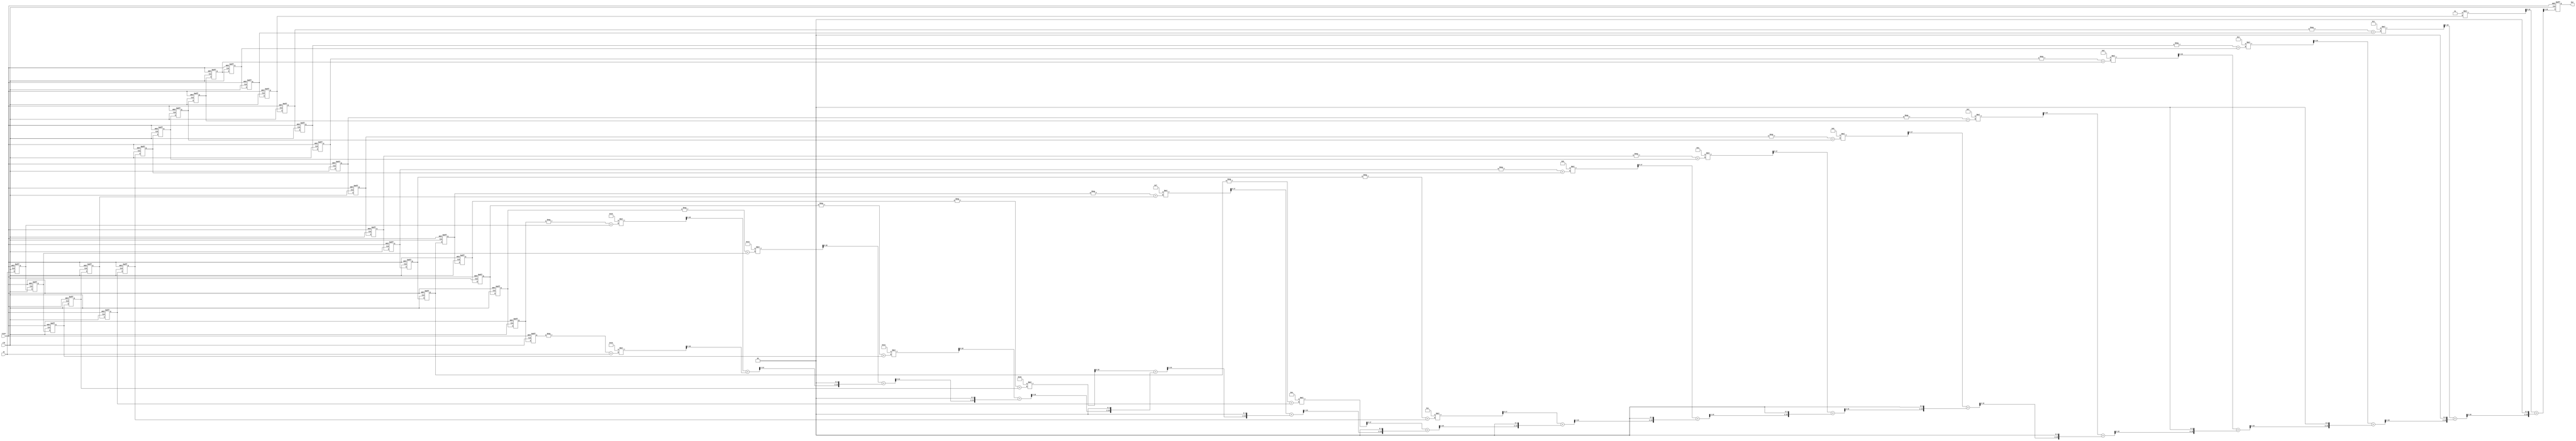
// Project Name:		"Signal Transition Detector"
//
// File description:	"HDL description of the main block"
//

`timescale 1ns / 1ps

module SigTransDetect
          (clk,
           reset,
           In,
           Out);

	input   clk;				// main clock 25 MHz
	input   reset;				// asynchronous reset
	input   signed [11:0] In; 	// input data
	output  signed [11:0] Out; 	// output data

//-----------------------------------------------------------------//
//-------------------------All wires and regs----------------------//
//-----------------------------------------------------------------//

	wire [11:0] C1;  // ufix12_En12
	wire [11:0] C2;  // ufix12_En12
	wire [11:0] C3;  // ufix12_En12
	wire [11:0] C4;  // ufix12_En12
	wire [11:0] C5;  // ufix12_En12
	wire [11:0] C6;  // ufix12_En12
	wire [11:0] C7;  // ufix12_En12
	wire [11:0] C8;  // ufix12_En12
	wire [11:0] C9;  // ufix12_En12
	wire [11:0] C10;  // ufix12_En12
	wire [11:0] C11;  // ufix12_En12
	wire [11:0] C12;  // ufix12_En12
	wire [11:0] C13;  // ufix12_En12
	wire [11:0] C14;  // ufix12_En12
	wire [11:0] C15;  // ufix12_En12
	wire [11:0] C16;  // ufix12_En12
	
//-----------------------------------------------------------------//
	
	reg signed [11:0] In_d1;  // sfix12_En10
	reg signed [11:0] In_d2;  // sfix12_En10
	reg signed [11:0] In_d3;  // sfix12_En10
	reg signed [11:0] In_d4;  // sfix12_En10
	reg signed [11:0] In_d5;  // sfix12_En10
	reg signed [11:0] In_d6;  // sfix12_En10
	reg signed [11:0] In_d7;  // sfix12_En10
	reg signed [11:0] In_d8;  // sfix12_En10
	reg signed [11:0] In_d9;  // sfix12_En10
	reg signed [11:0] In_d10;  // sfix12_En10
	reg signed [11:0] In_d11;  // sfix12_En10
	reg signed [11:0] In_d12;  // sfix12_En10
	reg signed [11:0] In_d13;  // sfix12_En10
	reg signed [11:0] In_d14;  // sfix12_En10
	reg signed [11:0] In_d15;  // sfix12_En10
	reg signed [11:0] In_d16;  // sfix12_En10
	reg signed [11:0] In_d17;  // sfix12_En10
	reg signed [11:0] In_d18;  // sfix12_En10
	reg signed [11:0] In_d19;  // sfix12_En10
	reg signed [11:0] In_d20;  // sfix12_En10
	reg signed [11:0] In_d21;  // sfix12_En10
	reg signed [11:0] In_d22;  // sfix12_En10
	reg signed [11:0] In_d23;  // sfix12_En10
	reg signed [11:0] In_d24;  // sfix12_En10
	reg signed [11:0] In_d25;  // sfix12_En10
	reg signed [11:0] In_d26;  // sfix12_En10
	reg signed [11:0] In_d27;  // sfix12_En10
	reg signed [11:0] In_d28;  // sfix12_En10
	reg signed [11:0] In_d29;  // sfix12_En10
	reg signed [11:0] In_d30;  // sfix12_En10
	
//-----------------------------------------------------------------//
	
	wire signed [12:0] Gain_cast;  // sfix13_En10
	wire signed [12:0] Gain_cast_1;  // sfix13_En10
	wire signed [23:0] Gain_cast_2;  // sfix24_En21
	wire signed [11:0] In_d30n;  // sfix12_En10
	
	wire signed [12:0] Gain1_cast;  // sfix13_En10
	wire signed [12:0] Gain1_cast_1;  // sfix13_En10
	wire signed [23:0] Gain1_cast_2;  // sfix24_En21
	wire signed [11:0] In_d29n;  // sfix12_En10
	
	wire signed [12:0] Gain2_cast;  // sfix13_En10
	wire signed [12:0] Gain2_cast_1;  // sfix13_En10
	wire signed [23:0] Gain2_cast_2;  // sfix24_En21
	wire signed [11:0] In_d28n;  // sfix12_En10
	
	wire signed [12:0] Gain3_cast;  // sfix13_En10
	wire signed [12:0] Gain3_cast_1;  // sfix13_En10
	wire signed [23:0] Gain3_cast_2;  // sfix24_En21
	wire signed [11:0] In_d27n;  // sfix12_En10
	
	wire signed [12:0] Gain4_cast;  // sfix13_En10
	wire signed [12:0] Gain4_cast_1;  // sfix13_En10
	wire signed [23:0] Gain4_cast_2;  // sfix24_En21
	wire signed [11:0] In_d26n;  // sfix12_En10
	
	wire signed [12:0] Gain5_cast;  // sfix13_En10
	wire signed [12:0] Gain5_cast_1;  // sfix13_En10
	wire signed [23:0] Gain5_cast_2;  // sfix24_En21
	wire signed [11:0] In_d25n;  // sfix12_En10
	
	wire signed [12:0] Gain6_cast;  // sfix13_En10
	wire signed [12:0] Gain6_cast_1;  // sfix13_En10
	wire signed [23:0] Gain6_cast_2;  // sfix24_En21
	wire signed [11:0] In_d24n;  // sfix12_En10
	
	wire signed [12:0] Gain7_cast;  // sfix13_En10
	wire signed [12:0] Gain7_cast_1;  // sfix13_En10
	wire signed [23:0] Gain7_cast_2;  // sfix24_En21
	wire signed [11:0] In_d23n;  // sfix12_En10
	
	wire signed [12:0] Gain8_cast;  // sfix13_En10
	wire signed [12:0] Gain8_cast_1;  // sfix13_En10
	wire signed [23:0] Gain8_cast_2;  // sfix24_En21
	wire signed [11:0] In_d22n;  // sfix12_En10
	
	wire signed [12:0] Gain9_cast;  // sfix13_En10
	wire signed [12:0] Gain9_cast_1;  // sfix13_En10
	wire signed [23:0] Gain9_cast_2;  // sfix24_En21
	wire signed [11:0] In_d21n;  // sfix12_En10
	
	wire signed [12:0] Gain10_cast;  // sfix13_En10
	wire signed [12:0] Gain10_cast_1;  // sfix13_En10
	wire signed [23:0] Gain10_cast_2;  // sfix24_En21
	wire signed [11:0] In_d20n;  // sfix12_En10
	
	wire signed [12:0] Gain11_cast;  // sfix13_En10
	wire signed [12:0] Gain11_cast_1;  // sfix13_En10
	wire signed [23:0] Gain11_cast_2;  // sfix24_En21
	wire signed [11:0] In_d19n;  // sfix12_En10
	
	wire signed [12:0] Gain12_cast;  // sfix13_En10
	wire signed [12:0] Gain12_cast_1;  // sfix13_En10
	wire signed [23:0] Gain12_cast_2;  // sfix24_En21
	wire signed [11:0] In_d18n;  // sfix12_En10
	
	wire signed [12:0] Gain13_cast;  // sfix13_En10
	wire signed [12:0] Gain13_cast_1;  // sfix13_En10
	wire signed [23:0] Gain13_cast_2;  // sfix24_En21
	wire signed [11:0] In_d17n;  // sfix12_En10
	
	wire signed [12:0] Gain14_cast;  // sfix13_En10
	wire signed [12:0] Gain14_cast_1;  // sfix13_En10
	wire signed [23:0] Gain14_cast_2;  // sfix24_En21
	wire signed [11:0] In_d16n;  // sfix12_En10
	
//-----------------------------------------------------------------//
	
	wire signed [31:0] Add_add_cast;  // sfix32_En10
	wire signed [31:0] Add_add_cast_1;  // sfix32_En10
	wire signed [31:0] Add_add_temp;  // sfix32_En10
	wire signed [12:0] FoldSum_1;  // sfix13_En10
	
	wire signed [31:0] Add2_add_cast;  // sfix32_En10
	wire signed [31:0] Add2_add_cast_1;  // sfix32_En10
	wire signed [31:0] Add2_add_temp;  // sfix32_En10
	wire signed [12:0] FoldSum_2;  // sfix13_En10
	
	wire signed [31:0] Add3_add_cast;  // sfix32_En10
	wire signed [31:0] Add3_add_cast_1;  // sfix32_En10
	wire signed [31:0] Add3_add_temp;  // sfix32_En10
	wire signed [12:0] FoldSum_3;  // sfix13_En10
	
	wire signed [31:0] Add6_add_cast;  // sfix32_En10
	wire signed [31:0] Add6_add_cast_1;  // sfix32_En10
	wire signed [31:0] Add6_add_temp;  // sfix32_En10
	wire signed [12:0] FoldSum_4;  // sfix13_En10
	
	wire signed [31:0] Add7_add_cast;  // sfix32_En10
	wire signed [31:0] Add7_add_cast_1;  // sfix32_En10
	wire signed [31:0] Add7_add_temp;  // sfix32_En10
	wire signed [12:0] FoldSum_5;  // sfix13_En10
	
	wire signed [31:0] Add10_add_cast;  // sfix32_En10
	wire signed [31:0] Add10_add_cast_1;  // sfix32_En10
	wire signed [31:0] Add10_add_temp;  // sfix32_En10
	wire signed [12:0] FoldSum_6;  // sfix13_En10
	
	wire signed [31:0] Add11_add_cast;  // sfix32_En10
	wire signed [31:0] Add11_add_cast_1;  // sfix32_En10
	wire signed [31:0] Add11_add_temp;  // sfix32_En10
	wire signed [12:0] FoldSum_7;  // sfix13_En10
	
	wire signed [31:0] Add16_add_cast;  // sfix32_En10
	wire signed [31:0] Add16_add_cast_1;  // sfix32_En10
	wire signed [31:0] Add16_add_temp;  // sfix32_En10
	wire signed [12:0] FoldSum_8;  // sfix13_En10
	
	wire signed [31:0] Add19_add_cast;  // sfix32_En10
	wire signed [31:0] Add19_add_cast_1;  // sfix32_En10
	wire signed [31:0] Add19_add_temp;  // sfix32_En10
	wire signed [12:0] FoldSum_9;  // sfix13_En10
	
	wire signed [31:0] Add20_add_cast;  // sfix32_En10
	wire signed [31:0] Add20_add_cast_1;  // sfix32_En10
	wire signed [31:0] Add20_add_temp;  // sfix32_En10
	wire signed [12:0] FoldSum_10;  // sfix13_En10
	
	wire signed [31:0] Add13_add_cast;  // sfix32_En10
	wire signed [31:0] Add13_add_cast_1;  // sfix32_En10
	wire signed [31:0] Add13_add_temp;  // sfix32_En10
	wire signed [12:0] FoldSum_11;  // sfix13_En10
	
	wire signed [31:0] Add14_add_cast;  // sfix32_En10
	wire signed [31:0] Add14_add_cast_1;  // sfix32_En10
	wire signed [31:0] Add14_add_temp;  // sfix32_En10
	wire signed [12:0] FoldSum_12;  // sfix13_En10
	
	wire signed [31:0] Add26_add_cast;  // sfix32_En10
	wire signed [31:0] Add26_add_cast_1;  // sfix32_En10
	wire signed [31:0] Add26_add_temp;  // sfix32_En10
	wire signed [12:0] FoldSum_13;  // sfix13_En10
	
	wire signed [31:0] Add29_add_cast;  // sfix32_En10
	wire signed [31:0] Add29_add_cast_1;  // sfix32_En10
	wire signed [31:0] Add29_add_temp;  // sfix32_En10
	wire signed [12:0] FoldSum_14;  // sfix13_En10
	
	wire signed [31:0] Add23_add_cast;  // sfix32_En10
	wire signed [31:0] Add23_add_cast_1;  // sfix32_En10
	wire signed [31:0] Add23_add_temp;  // sfix32_En10
	wire signed [12:0] FoldSum_15;  // sfix13_En10
	
//-----------------------------------------------------------------//
	
	wire signed [12:0] Product1_cast;  // sfix13_En12
	wire signed [25:0] Product1_mul_temp;  // sfix26_En22
	wire signed [24:0] Product1_cast_1;  // sfix25_En22
	wire signed [15:0] Mult_1;  // sfix16_En16
	
	wire signed [12:0] Product2_cast;  // sfix13_En12
	wire signed [25:0] Product2_mul_temp;  // sfix26_En22
	wire signed [24:0] Product2_cast_1;  // sfix25_En22
	wire signed [15:0] Mult_2;  // sfix16_En16
	
	wire signed [12:0] Product3_cast;  // sfix13_En12
	wire signed [25:0] Product3_mul_temp;  // sfix26_En22
	wire signed [24:0] Product3_cast_1;  // sfix25_En22
	wire signed [15:0] Mult_3;  // sfix16_En16
	
	wire signed [12:0] Product4_cast;  // sfix13_En12
	wire signed [25:0] Product4_mul_temp;  // sfix26_En22
	wire signed [24:0] Product4_cast_1;  // sfix25_En22
	wire signed [15:0] Mult_4;  // sfix16_En16
	
	wire signed [12:0] Product5_cast;  // sfix13_En12
	wire signed [25:0] Product5_mul_temp;  // sfix26_En22
	wire signed [24:0] Product5_cast_1;  // sfix25_En22
	wire signed [15:0] Mult_5;  // sfix16_En16
	
	wire signed [12:0] Product6_cast;  // sfix13_En12
	wire signed [25:0] Product6_mul_temp;  // sfix26_En22
	wire signed [24:0] Product6_cast_1;  // sfix25_En22
	wire signed [15:0] Mult_6;  // sfix16_En16
	
	wire signed [12:0] Product7_cast;  // sfix13_En12
	wire signed [25:0] Product7_mul_temp;  // sfix26_En22
	wire signed [24:0] Product7_cast_1;  // sfix25_En22
	wire signed [15:0] Mult_7;  // sfix16_En16
	
	wire signed [12:0] Product8_cast;  // sfix13_En12
	wire signed [25:0] Product8_mul_temp;  // sfix26_En22
	wire signed [24:0] Product8_cast_1;  // sfix25_En22
	wire signed [15:0] Mult_8;  // sfix16_En16
	
	wire signed [12:0] Product9_cast;  // sfix13_En12
	wire signed [25:0] Product9_mul_temp;  // sfix26_En22
	wire signed [24:0] Product9_cast_1;  // sfix25_En22
	wire signed [15:0] Mult_9;  // sfix16_En16
	
	wire signed [12:0] Product10_cast;  // sfix13_En12
	wire signed [25:0] Product10_mul_temp;  // sfix26_En22
	wire signed [24:0] Product10_cast_1;  // sfix25_En22
	wire signed [15:0] Mult_10;  // sfix16_En16
	
	wire signed [12:0] Product11_cast;  // sfix13_En12
	wire signed [25:0] Product11_mul_temp;  // sfix26_En22
	wire signed [24:0] Product11_cast_1;  // sfix25_En22
	wire signed [15:0] Mult_11;  // sfix16_En16
	
	wire signed [12:0] Product12_cast;  // sfix13_En12
	wire signed [25:0] Product12_mul_temp;  // sfix26_En22
	wire signed [24:0] Product12_cast_1;  // sfix25_En22
	wire signed [15:0] Mult_12;  // sfix16_En16
	
	wire signed [12:0] Product13_cast;  // sfix13_En12
	wire signed [25:0] Product13_mul_temp;  // sfix26_En22
	wire signed [24:0] Product13_cast_1;  // sfix25_En22
	wire signed [15:0] Mult_13;  // sfix16_En16
	
	wire signed [12:0] Product14_cast;  // sfix13_En12
	wire signed [25:0] Product14_mul_temp;  // sfix26_En22
	wire signed [24:0] Product14_cast_1;  // sfix25_En22
	wire signed [15:0] Mult_14;  // sfix16_En16
	
	wire signed [12:0] Product15_cast;  // sfix13_En12
	wire signed [25:0] Product15_mul_temp;  // sfix26_En22
	wire signed [24:0] Product15_cast_1;  // sfix25_En22
	wire signed [15:0] Mult_15;  // sfix16_En16
	
	wire signed [12:0] Product16_cast;  // sfix13_En12
	wire signed [24:0] Product16_mul_temp;  // sfix25_En22
	wire signed [23:0] Product16_cast_1;  // sfix24_En22
	wire signed [15:0] Mult_16;  // sfix16_En16
	
//-----------------------------------------------------------------//
	
	wire signed [31:0] Add1_add_cast;  // sfix32_En16
	wire signed [31:0] Add1_add_cast_1;  // sfix32_En16
	wire signed [31:0] Add1_add_temp;  // sfix32_En16
	wire signed [13:0] Sum_1;  // sfix14_En14
	
	wire signed [31:0] Add4_add_cast;  // sfix32_En16
	wire signed [31:0] Add4_add_cast_1;  // sfix32_En16
	wire signed [31:0] Add4_add_temp;  // sfix32_En16
	wire signed [13:0] Sum_2;  // sfix14_En14
	
	wire signed [31:0] Add5_add_cast;  // sfix32_En16
	wire signed [31:0] Add5_add_cast_1;  // sfix32_En16
	wire signed [31:0] Add5_add_temp;  // sfix32_En16
	wire signed [13:0] Sum_3;  // sfix14_En14
	
	wire signed [31:0] Add8_add_cast;  // sfix32_En16
	wire signed [31:0] Add8_add_cast_1;  // sfix32_En16
	wire signed [31:0] Add8_add_temp;  // sfix32_En16
	wire signed [13:0] Sum_4;  // sfix14_En14
	
	wire signed [31:0] Add9_add_cast;  // sfix32_En16
	wire signed [31:0] Add9_add_cast_1;  // sfix32_En16
	wire signed [31:0] Add9_add_temp;  // sfix32_En16
	wire signed [13:0] Sum_5;  // sfix14_En14
	
	wire signed [31:0] Add12_add_cast;  // sfix32_En16
	wire signed [31:0] Add12_add_cast_1;  // sfix32_En16
	wire signed [31:0] Add12_add_temp;  // sfix32_En16
	wire signed [13:0] Sum_6;  // sfix14_En14
	
	wire signed [31:0] Add17_add_cast;  // sfix32_En16
	wire signed [31:0] Add17_add_cast_1;  // sfix32_En16
	wire signed [31:0] Add17_add_temp;  // sfix32_En16
	wire signed [13:0] Sum_7;  // sfix14_En14
	
	wire signed [31:0] Add18_add_cast;  // sfix32_En16
	wire signed [31:0] Add18_add_cast_1;  // sfix32_En16
	wire signed [31:0] Add18_add_temp;  // sfix32_En16
	wire signed [13:0] Sum_8;  // sfix14_En14
	
	wire signed [31:0] Add21_add_cast;  // sfix32_En16
	wire signed [31:0] Add21_add_cast_1;  // sfix32_En16
	wire signed [31:0] Add21_add_temp;  // sfix32_En16
	wire signed [13:0] Sum_9;  // sfix14_En14
	
	wire signed [31:0] Add22_add_cast;  // sfix32_En16
	wire signed [31:0] Add22_add_cast_1;  // sfix32_En16
	wire signed [31:0] Add22_add_temp;  // sfix32_En16
	wire signed [13:0] Sum_10;  // sfix14_En14
	
	wire signed [31:0] Add15_add_cast;  // sfix32_En16
	wire signed [31:0] Add15_add_cast_1;  // sfix32_En16
	wire signed [31:0] Add15_add_temp;  // sfix32_En16
	wire signed [13:0] Sum_11;  // sfix14_En14
	
	wire signed [31:0] Add27_add_cast;  // sfix32_En16
	wire signed [31:0] Add27_add_cast_1;  // sfix32_En16
	wire signed [31:0] Add27_add_temp;  // sfix32_En16
	wire signed [13:0] Sum_12;  // sfix14_En14
	
	wire signed [31:0] Add28_add_cast;  // sfix32_En16
	wire signed [31:0] Add28_add_cast_1;  // sfix32_En16
	wire signed [31:0] Add28_add_temp;  // sfix32_En16
	wire signed [13:0] Sum_13;  // sfix14_En14
	
	wire signed [31:0] Add24_add_cast;  // sfix32_En16
	wire signed [31:0] Add24_add_cast_1;  // sfix32_En16
	wire signed [31:0] Add24_add_temp;  // sfix32_En16
	wire signed [13:0] Sum_14;  // sfix14_En14
	
	wire signed [31:0] Add31_add_cast;  // sfix32_En16
	wire signed [31:0] Add31_add_cast_1;  // sfix32_En16
	wire signed [31:0] Add31_add_temp;  // sfix32_En16
	wire signed [11:0] Sum_15;  // sfix14_En14
	
//-----------------------------------------------------------------//
	
	reg signed [11:0] Out_1;  // sfix14_En14

//-----------------------------------------------------------------//



//------------------Main processes and assignments-----------------//

//---------------------Coefficient assignments---------------------//

	assign C1  = 12'b000000010110;
	assign C2  = 12'b000000010101;
	assign C3  = 12'b000000010011;
	assign C4  = 12'b000000010010;
	assign C5  = 12'b000000010000;
	assign C6  = 12'b000000001111;
	assign C7  = 12'b000000001110;
	assign C8  = 12'b000000001100;
	assign C9  = 12'b000000001011;
	assign C10 = 12'b000000001010;
	assign C11 = 12'b000000001000;
	assign C12 = 12'b000000000111;
	assign C13 = 12'b000000000101;
	assign C14 = 12'b000000000100;
	assign C15 = 12'b000000000011;
	assign C16 = 12'b000000000001;

//------------------------Delay line process------------------------//

	always @(posedge clk or posedge reset)
	begin : Delay_line_process
	  if (reset == 1'b1) begin
		In_d1  <= 12'sb000000000000;
		In_d2  <= 12'sb000000000000;
		In_d3  <= 12'sb000000000000;
		In_d4  <= 12'sb000000000000;
		In_d5  <= 12'sb000000000000;
		In_d6  <= 12'sb000000000000;
		In_d7  <= 12'sb000000000000;
		In_d8  <= 12'sb000000000000;
		In_d9  <= 12'sb000000000000;
		In_d10 <= 12'sb000000000000;
		In_d11 <= 12'sb000000000000;
		In_d12 <= 12'sb000000000000;
		In_d13 <= 12'sb000000000000;
		In_d14 <= 12'sb000000000000;
		In_d15 <= 12'sb000000000000;
		In_d16 <= 12'sb000000000000;
		In_d17 <= 12'sb000000000000;
		In_d18 <= 12'sb000000000000;
		In_d19 <= 12'sb000000000000;
		In_d20 <= 12'sb000000000000;
		In_d21 <= 12'sb000000000000;
		In_d22 <= 12'sb000000000000;
		In_d23 <= 12'sb000000000000;
		In_d24 <= 12'sb000000000000;
		In_d25 <= 12'sb000000000000;
		In_d26 <= 12'sb000000000000;
		In_d27 <= 12'sb000000000000;
		In_d28 <= 12'sb000000000000;
		In_d29 <= 12'sb000000000000;
		In_d30 <= 12'sb000000000000;
	  end
	  else begin
		In_d1  <= In;
		In_d2  <= In_d1;
		In_d3  <= In_d2;
		In_d4  <= In_d3;
		In_d5  <= In_d4;
		In_d6  <= In_d5;
		In_d7  <= In_d6;
		In_d8  <= In_d7;
		In_d9  <= In_d8;
		In_d10 <= In_d9;
		In_d11 <= In_d10;
		In_d12 <= In_d11;
		In_d13 <= In_d12;
		In_d14 <= In_d13;
		In_d15 <= In_d14;
		In_d16 <= In_d15;
		In_d17 <= In_d16;
		In_d18 <= In_d17;
		In_d19 <= In_d18;
		In_d20 <= In_d19;
		In_d21 <= In_d20;
		In_d22 <= In_d21;
		In_d23 <= In_d22;
		In_d24 <= In_d23;
		In_d25 <= In_d24;
		In_d26 <= In_d25;
		In_d27 <= In_d26;
		In_d28 <= In_d27;
		In_d29 <= In_d28;
		In_d30 <= In_d29;
	  end
	end

//------------------------Invertors------------------------//

	assign Gain14_cast = {In_d16[11], In_d16};
	assign Gain14_cast_1 =  - (Gain14_cast);
	assign Gain14_cast_2 = {Gain14_cast_1, 11'b00000000000};
	assign In_d16n = Gain14_cast_2[22:11];

	assign Gain13_cast = {In_d17[11], In_d17};
	assign Gain13_cast_1 =  - (Gain13_cast);
	assign Gain13_cast_2 = {Gain13_cast_1, 11'b00000000000};
	assign In_d17n = Gain13_cast_2[22:11];

	assign Gain12_cast = {In_d18[11], In_d18};
	assign Gain12_cast_1 =  - (Gain12_cast);
	assign Gain12_cast_2 = {Gain12_cast_1, 11'b00000000000};
	assign In_d18n = Gain12_cast_2[22:11];

	assign Gain11_cast = {In_d19[11], In_d19};
	assign Gain11_cast_1 =  - (Gain11_cast);
	assign Gain11_cast_2 = {Gain11_cast_1, 11'b00000000000};
	assign In_d19n = Gain11_cast_2[22:11];

	assign Gain10_cast = {In_d20[11], In_d20};
	assign Gain10_cast_1 =  - (Gain10_cast);
	assign Gain10_cast_2 = {Gain10_cast_1, 11'b00000000000};
	assign In_d20n = Gain10_cast_2[22:11];

	assign Gain9_cast = {In_d21[11], In_d21};
	assign Gain9_cast_1 =  - (Gain9_cast);
	assign Gain9_cast_2 = {Gain9_cast_1, 11'b00000000000};
	assign In_d21n = Gain9_cast_2[22:11];

	assign Gain8_cast = {In_d22[11], In_d22};
	assign Gain8_cast_1 =  - (Gain8_cast);
	assign Gain8_cast_2 = {Gain8_cast_1, 11'b00000000000};
	assign In_d22n = Gain8_cast_2[22:11];

	assign Gain7_cast = {In_d23[11], In_d23};
	assign Gain7_cast_1 =  - (Gain7_cast);
	assign Gain7_cast_2 = {Gain7_cast_1, 11'b00000000000};
	assign In_d23n = Gain7_cast_2[22:11];

	assign Gain6_cast = {In_d24[11], In_d24};
	assign Gain6_cast_1 =  - (Gain6_cast);
	assign Gain6_cast_2 = {Gain6_cast_1, 11'b00000000000};
	assign In_d24n = Gain6_cast_2[22:11];

	assign Gain5_cast = {In_d25[11], In_d25};
	assign Gain5_cast_1 =  - (Gain5_cast);
	assign Gain5_cast_2 = {Gain5_cast_1, 11'b00000000000};
	assign In_d25n = Gain5_cast_2[22:11];

	assign Gain4_cast = {In_d26[11], In_d26};
	assign Gain4_cast_1 =  - (Gain4_cast);
	assign Gain4_cast_2 = {Gain4_cast_1, 11'b00000000000};
	assign In_d26n = Gain4_cast_2[22:11];

	assign Gain3_cast = {In_d27[11], In_d27};
	assign Gain3_cast_1 =  - (Gain3_cast);
	assign Gain3_cast_2 = {Gain3_cast_1, 11'b00000000000};
	assign In_d27n = Gain3_cast_2[22:11];

	assign Gain2_cast = {In_d28[11], In_d28};
	assign Gain2_cast_1 =  - (Gain2_cast);
	assign Gain2_cast_2 = {Gain2_cast_1, 11'b00000000000};
	assign In_d28n = Gain2_cast_2[22:11];

	assign Gain1_cast = {In_d29[11], In_d29};
	assign Gain1_cast_1 =  - (Gain1_cast);
	assign Gain1_cast_2 = {Gain1_cast_1, 11'b00000000000};
	assign In_d29n = Gain1_cast_2[22:11];

	assign Gain_cast = {In_d30[11], In_d30};
	assign Gain_cast_1 =  - (Gain_cast);
	assign Gain_cast_2 = {Gain_cast_1, 11'b00000000000};
	assign In_d30n = Gain_cast_2[22:11];

//------------------------Folded summations------------------------//

	assign Add_add_cast = {{20{In_d30n[11]}}, In_d30n};
	assign Add_add_cast_1 = {{20{In[11]}}, In};
	assign Add_add_temp = Add_add_cast + Add_add_cast_1;
	assign FoldSum_1 = Add_add_temp[12:0];
	
	assign Add2_add_cast = {{20{In_d29n[11]}}, In_d29n};
	assign Add2_add_cast_1 = {{20{In_d1[11]}}, In_d1};
	assign Add2_add_temp = Add2_add_cast + Add2_add_cast_1;
	assign FoldSum_2 = Add2_add_temp[12:0];
	
	assign Add3_add_cast = {{20{In_d28n[11]}}, In_d28n};
	assign Add3_add_cast_1 = {{20{In_d2[11]}}, In_d2};
	assign Add3_add_temp = Add3_add_cast + Add3_add_cast_1;
	assign FoldSum_3 = Add3_add_temp[12:0];
	
	assign Add6_add_cast = {{20{In_d27n[11]}}, In_d27n};
	assign Add6_add_cast_1 = {{20{In_d3[11]}}, In_d3};
	assign Add6_add_temp = Add6_add_cast + Add6_add_cast_1;
	assign FoldSum_4 = Add6_add_temp[12:0];
	
	assign Add7_add_cast = {{20{In_d26n[11]}}, In_d26n};
	assign Add7_add_cast_1 = {{20{In_d4[11]}}, In_d4};
	assign Add7_add_temp = Add7_add_cast + Add7_add_cast_1;
	assign FoldSum_5 = Add7_add_temp[12:0];
	
	assign Add10_add_cast = {{20{In_d25n[11]}}, In_d25n};
	assign Add10_add_cast_1 = {{20{In_d5[11]}}, In_d5};
	assign Add10_add_temp = Add10_add_cast + Add10_add_cast_1;
	assign FoldSum_6 = Add10_add_temp[12:0];
	
	assign Add11_add_cast = {{20{In_d24n[11]}}, In_d24n};
	assign Add11_add_cast_1 = {{20{In_d6[11]}}, In_d6};
	assign Add11_add_temp = Add11_add_cast + Add11_add_cast_1;
	assign FoldSum_7 = Add11_add_temp[12:0];
	
	assign Add16_add_cast = {{20{In_d23n[11]}}, In_d23n};
	assign Add16_add_cast_1 = {{20{In_d7[11]}}, In_d7};
	assign Add16_add_temp = Add16_add_cast + Add16_add_cast_1;
	assign FoldSum_8 = Add16_add_temp[12:0];
	
	assign Add19_add_cast = {{20{In_d22n[11]}}, In_d22n};
	assign Add19_add_cast_1 = {{20{In_d8[11]}}, In_d8};
	assign Add19_add_temp = Add19_add_cast + Add19_add_cast_1;
	assign FoldSum_9 = Add19_add_temp[12:0];
	
	assign Add20_add_cast = {{20{In_d21n[11]}}, In_d21n};
	assign Add20_add_cast_1 = {{20{In_d9[11]}}, In_d9};
	assign Add20_add_temp = Add20_add_cast + Add20_add_cast_1;
	assign FoldSum_10 = Add20_add_temp[12:0];
	
	assign Add13_add_cast = {{20{In_d20n[11]}}, In_d20n};
	assign Add13_add_cast_1 = {{20{In_d10[11]}}, In_d10};
	assign Add13_add_temp = Add13_add_cast + Add13_add_cast_1;
	assign FoldSum_11 = Add13_add_temp[12:0];
	
	assign Add14_add_cast = {{20{In_d19n[11]}}, In_d19n};
	assign Add14_add_cast_1 = {{20{In_d11[11]}}, In_d11};
	assign Add14_add_temp = Add14_add_cast + Add14_add_cast_1;
	assign FoldSum_12 = Add14_add_temp[12:0];
	
	assign Add26_add_cast = {{20{In_d18n[11]}}, In_d18n};
	assign Add26_add_cast_1 = {{20{In_d12[11]}}, In_d12};
	assign Add26_add_temp = Add26_add_cast + Add26_add_cast_1;
	assign FoldSum_13 = Add26_add_temp[12:0];
	
	assign Add29_add_cast = {{20{In_d17n[11]}}, In_d17n};
	assign Add29_add_cast_1 = {{20{In_d13[11]}}, In_d13};
	assign Add29_add_temp = Add29_add_cast + Add29_add_cast_1;
	assign FoldSum_14 = Add29_add_temp[12:0];
	
	assign Add23_add_cast = {{20{In_d16n[11]}}, In_d16n};
	assign Add23_add_cast_1 = {{20{In_d14[11]}}, In_d14};
	assign Add23_add_temp = Add23_add_cast + Add23_add_cast_1;
	assign FoldSum_15 = Add23_add_temp[12:0];
		
//------------------------Multiplications------------------------//

	assign Product1_cast = {1'b0, C1};
	assign Product1_mul_temp = Product1_cast * FoldSum_1;
	assign Product1_cast_1 = Product1_mul_temp[24:0];
	assign Mult_1 = Product1_cast_1[21:6];
	
	assign Product2_cast = {1'b0, C2};
	assign Product2_mul_temp = Product2_cast * FoldSum_2;
	assign Product2_cast_1 = Product2_mul_temp[24:0];
	assign Mult_2 = Product2_cast_1[21:6];
	
	assign Product3_cast = {1'b0, C3};
	assign Product3_mul_temp = Product3_cast * FoldSum_3;
	assign Product3_cast_1 = Product3_mul_temp[24:0];
	assign Mult_3 = Product3_cast_1[21:6];
	
	assign Product4_cast = {1'b0, C4};
	assign Product4_mul_temp = Product4_cast * FoldSum_4;
	assign Product4_cast_1 = Product4_mul_temp[24:0];
	assign Mult_4 = Product4_cast_1[21:6];
	
	assign Product5_cast = {1'b0, C5};
	assign Product5_mul_temp = Product5_cast * FoldSum_5;
	assign Product5_cast_1 = Product5_mul_temp[24:0];
	assign Mult_5 = Product5_cast_1[21:6];
	
	assign Product6_cast = {1'b0, C6};
	assign Product6_mul_temp = Product6_cast * FoldSum_6;
	assign Product6_cast_1 = Product6_mul_temp[24:0];
	assign Mult_6 = Product6_cast_1[21:6];
	
	assign Product7_cast = {1'b0, C7};
	assign Product7_mul_temp = Product7_cast * FoldSum_7;
	assign Product7_cast_1 = Product7_mul_temp[24:0];
	assign Mult_7 = Product7_cast_1[21:6];
	
	assign Product8_cast = {1'b0, C8};
	assign Product8_mul_temp = Product8_cast * FoldSum_8;
	assign Product8_cast_1 = Product8_mul_temp[24:0];
	assign Mult_8 = Product8_cast_1[21:6];
	
	assign Product9_cast = {1'b0, C9};
	assign Product9_mul_temp = Product9_cast * FoldSum_9;
	assign Product9_cast_1 = Product9_mul_temp[24:0];
	assign Mult_9 = Product9_cast_1[21:6];
	
	assign Product10_cast = {1'b0, C10};
	assign Product10_mul_temp = Product10_cast * FoldSum_10;
	assign Product10_cast_1 = Product10_mul_temp[24:0];
	assign Mult_10 = Product10_cast_1[21:6];
	
	assign Product11_cast = {1'b0, C11};
	assign Product11_mul_temp = Product11_cast * FoldSum_11;
	assign Product11_cast_1 = Product11_mul_temp[24:0];
	assign Mult_11 = Product11_cast_1[21:6];
	
	assign Product12_cast = {1'b0, C12};
	assign Product12_mul_temp = Product12_cast * FoldSum_12;
	assign Product12_cast_1 = Product12_mul_temp[24:0];
	assign Mult_12 = Product12_cast_1[21:6];
	
	assign Product13_cast = {1'b0, C13};
	assign Product13_mul_temp = Product13_cast * FoldSum_13;
	assign Product13_cast_1 = Product13_mul_temp[24:0];
	assign Mult_13 = Product13_cast_1[21:6];
	
	assign Product14_cast = {1'b0, C14};
	assign Product14_mul_temp = Product14_cast * FoldSum_14;
	assign Product14_cast_1 = Product14_mul_temp[24:0];
	assign Mult_14 = Product14_cast_1[21:6];
	
	assign Product15_cast = {1'b0, C15};
	assign Product15_mul_temp = Product15_cast * FoldSum_15;
	assign Product15_cast_1 = Product15_mul_temp[24:0];
	assign Mult_15 = Product15_cast_1[21:6];
	
	assign Product16_cast = {1'b0, C16};
	assign Product16_mul_temp = Product16_cast * In_d15;
	assign Product16_cast_1 = Product16_mul_temp[23:0];
	assign Mult_16 = Product16_cast_1[21:6];

//------------------------Filter summations------------------------//

	assign Add1_add_cast = {{16{Mult_2[15]}}, Mult_2};
	assign Add1_add_cast_1 = {{16{Mult_1[15]}}, Mult_1};
	assign Add1_add_temp = Add1_add_cast + Add1_add_cast_1;
	assign Sum_1 = Add1_add_temp[15:2];

	assign Add4_add_cast = {{16{Mult_3[15]}}, Mult_3};
	assign Add4_add_cast_1 = {{16{Sum_1[13]}}, {Sum_1, 2'b00}};
	assign Add4_add_temp = Add4_add_cast + Add4_add_cast_1;
	assign Sum_2 = Add4_add_temp[15:2];

	assign Add5_add_cast = {{16{Mult_4[15]}}, Mult_4};
	assign Add5_add_cast_1 = {{16{Sum_2[13]}}, {Sum_2, 2'b00}};
	assign Add5_add_temp = Add5_add_cast + Add5_add_cast_1;
	assign Sum_3 = Add5_add_temp[15:2];

	assign Add8_add_cast = {{16{Mult_5[15]}}, Mult_5};
	assign Add8_add_cast_1 = {{16{Sum_3[13]}}, {Sum_3, 2'b00}};
	assign Add8_add_temp = Add8_add_cast + Add8_add_cast_1;
	assign Sum_4 = Add8_add_temp[15:2];

	assign Add9_add_cast = {{16{Mult_6[15]}}, Mult_6};
	assign Add9_add_cast_1 = {{16{Sum_4[13]}}, {Sum_4, 2'b00}};
	assign Add9_add_temp = Add9_add_cast + Add9_add_cast_1;
	assign Sum_5 = Add9_add_temp[15:2];

	assign Add12_add_cast = {{16{Mult_7[15]}}, Mult_7};
	assign Add12_add_cast_1 = {{16{Sum_5[13]}}, {Sum_5, 2'b00}};
	assign Add12_add_temp = Add12_add_cast + Add12_add_cast_1;
	assign Sum_6 = Add12_add_temp[15:2];

	assign Add17_add_cast = {{16{Mult_8[15]}}, Mult_8};
	assign Add17_add_cast_1 = {{16{Sum_6[13]}}, {Sum_6, 2'b00}};
	assign Add17_add_temp = Add17_add_cast + Add17_add_cast_1;
	assign Sum_7 = Add17_add_temp[15:2];

	assign Add18_add_cast = {{16{Mult_9[15]}}, Mult_9};
	assign Add18_add_cast_1 = {{16{Sum_7[13]}}, {Sum_7, 2'b00}};
	assign Add18_add_temp = Add18_add_cast + Add18_add_cast_1;
	assign Sum_8 = Add18_add_temp[15:2];

	assign Add21_add_cast = {{16{Mult_10[15]}}, Mult_10};
	assign Add21_add_cast_1 = {{16{Sum_8[13]}}, {Sum_8, 2'b00}};
	assign Add21_add_temp = Add21_add_cast + Add21_add_cast_1;
	assign Sum_9 = Add21_add_temp[15:2];

	assign Add22_add_cast = {{16{Mult_11[15]}}, Mult_11};
	assign Add22_add_cast_1 = {{16{Sum_9[13]}}, {Sum_9, 2'b00}};
	assign Add22_add_temp = Add22_add_cast + Add22_add_cast_1;
	assign Sum_10 = Add22_add_temp[15:2];

	assign Add15_add_cast = {{16{Mult_12[15]}}, Mult_12};
	assign Add15_add_cast_1 = {{16{Sum_10[13]}}, {Sum_10, 2'b00}};
	assign Add15_add_temp = Add15_add_cast + Add15_add_cast_1;
	assign Sum_11 = Add15_add_temp[15:2];

	assign Add27_add_cast = {{16{Mult_13[15]}}, Mult_13};
	assign Add27_add_cast_1 = {{16{Sum_11[13]}}, {Sum_11, 2'b00}};
	assign Add27_add_temp = Add27_add_cast + Add27_add_cast_1;
	assign Sum_12 = Add27_add_temp[15:2];

	assign Add28_add_cast = {{16{Mult_14[15]}}, Mult_14};
	assign Add28_add_cast_1 = {{16{Sum_12[13]}}, {Sum_12, 2'b00}};
	assign Add28_add_temp = Add28_add_cast + Add28_add_cast_1;
	assign Sum_13 = Add28_add_temp[15:2];

	assign Add24_add_cast = {{16{Mult_15[15]}}, Mult_15};
	assign Add24_add_cast_1 = {{16{Sum_13[13]}}, {Sum_13, 2'b00}};
	assign Add24_add_temp = Add24_add_cast + Add24_add_cast_1;
	assign Sum_14 = Add24_add_temp[15:2];

	assign Add31_add_cast = {{16{Mult_16[15]}}, Mult_16};
	assign Add31_add_cast_1 = {{16{Sum_14[13]}}, {Sum_14, 2'b00}};
	assign Add31_add_temp = Add31_add_cast + Add31_add_cast_1;
	assign Sum_15 = Add31_add_temp[15:4];

//------------------------Output delay------------------------//

	always @(posedge clk or posedge reset)
	begin : Output_delay_process
	  if (reset == 1'b1) begin
		Out_1 <= 12'sb000000000000;
	  end
	  else begin
		Out_1 <= Sum_15;
	  end
	end

	assign Out = Out_1;

endmodule  // SigTransDetect